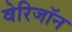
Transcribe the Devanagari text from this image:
वेरिजॉन